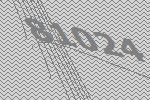
81024